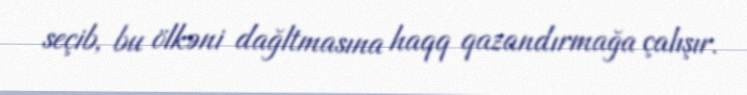
seçib, bu ölkəni dağltmasına haqq qazandırmağa çalışır.